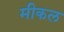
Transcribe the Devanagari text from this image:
मीकल